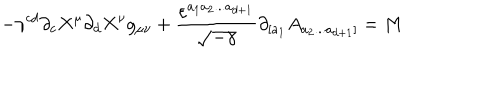
LaTeX: - \gamma ^ { c d } \partial _ { c } X ^ { \mu } \partial _ { d } X ^ { \nu } g _ { \mu \nu } + \frac { \varepsilon ^ { a _ { 1 } a _ { 2 } . . . a _ { d + 1 } } } { \sqrt { - \gamma } } \partial _ { [ a _ { 1 } } A _ { a _ { 2 } . . . a _ { d + 1 } ] } = M